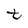
Character: t